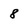
Character: 8